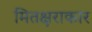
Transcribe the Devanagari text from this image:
मितक्षराकार